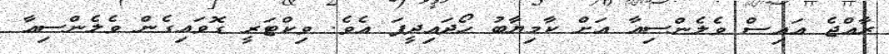
ރާއްޖެ އައިސް ވެލެންސިއާ އަށް ކާމިޔާބު ހޯދައިދީފަ އެވެ. ވިކްޓަރީ ގޮވައިގެން ވެލެންސިއާ